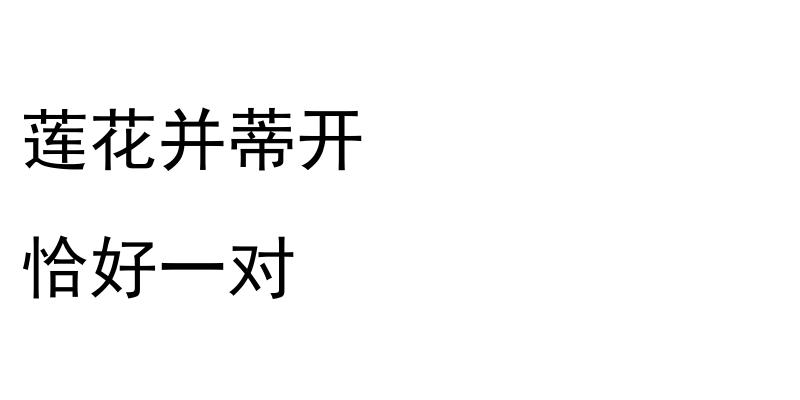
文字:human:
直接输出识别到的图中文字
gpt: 莲花并蒂开 恰好一对